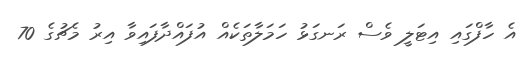
އެ ހާފްގައި އިޓަލީ ވެސް ރަނގަޅު ހަމަލާތަކެއް އުފައްދާފައިވާ އިރު މެޗުގެ 70